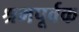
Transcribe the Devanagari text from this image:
श्रमपूर्वक